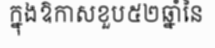
ក្នុងឱកាសខួប៥២ឆ្នាំនៃ